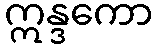
ဣန္ဒကော